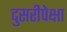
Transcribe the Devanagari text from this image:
दुसरीपेक्षा